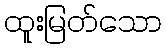
ထူးမြတ်သော